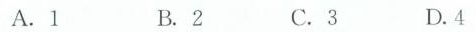
A.1 B.2 C. 3 D.4